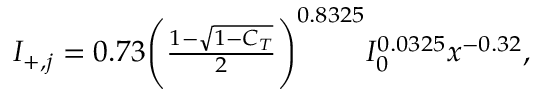
\begin{array} { r } { I _ { + , j } = 0 . 7 3 \Bigg ( \frac { 1 - \sqrt { 1 - C _ { T } } } { 2 } \Bigg ) ^ { 0 . 8 3 2 5 } I _ { 0 } ^ { 0 . 0 3 2 5 } x ^ { - 0 . 3 2 } , } \end{array}